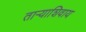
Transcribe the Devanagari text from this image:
ताऱ्याशिवाय